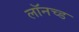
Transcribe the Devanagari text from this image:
लॉनच्ड